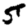
Digit: 5